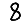
Digit: 8